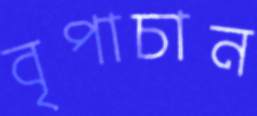
বৃপাচান